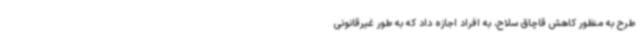
طرح به منظور کاهش قاچاق سلاح، به افراد اجازه داد که به طور غیرقانونی